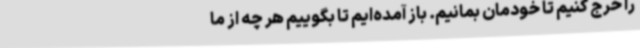
را خرج کنیم تا خودمان بمانیم. باز آمده‌ایم تا بگوییم هر چه از ما